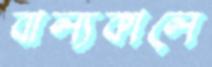
বাল্যকালে